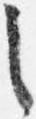
之